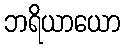
ဘရိယာယော